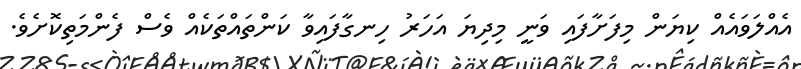
އެއްލަވައެއް ކިޔަން މިފަށާފައި ވަނީ މިދިޔަ އަހަރު ހިނގާފައިވާ ކަންތައްތަކެއް ވެސް ފެންމަތިކޮށެވެ.